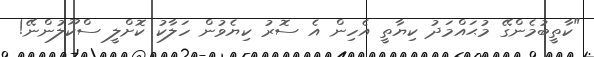
"ކާތީބުމެންގޭ މުޙައްމަދު ކިޔާތީ އެހިން އެ ސޮރު ކިޔެވުން ހަލާކު ކޮށްލީ ސްކޫލުންނޭ!